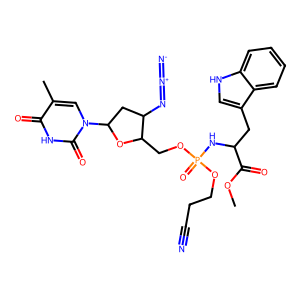
SMILES: COC(=O)C(Cc1c[nH]c2ccccc12)NP(=O)(OCCC#N)OCC1OC(n2cc(C)c(=O)[nH]c2=O)CC1N=[N+]=[N-]
Inhibits HIV replication: Yes